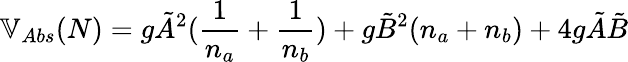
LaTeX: \mathbb{V}_{Abs}(N)=g\tilde{A}^{2}(\frac{1}{n_{a}}+\frac{1}{n_{b}})+g\tilde{B}^{2}(n_{a}+n_{b})+4g\tilde{A}\tilde{B}